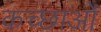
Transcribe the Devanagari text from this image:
कच्छाओं